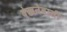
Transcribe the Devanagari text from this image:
देखनेवाली